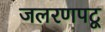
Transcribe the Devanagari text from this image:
जलरणपटू